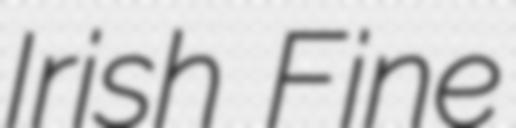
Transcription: Irish Fine